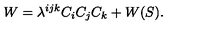
W = \lambda ^ { i j k } C _ { i } C _ { j } C _ { k } + W ( S ) .